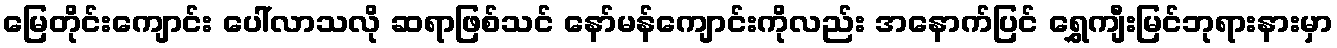
မြေတိုင်းကျောင်း ပေါ်လာသလို ဆရာဖြစ်သင် နော်မန်ကျောင်းကိုလည်း အနောက်ပြင် ရွှေကျီးမြင်ဘုရားနားမှာ